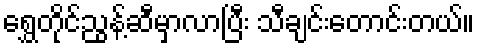
ရွှေတိုင်ညွန့်ဆီမှာလာပြီး သီချင်းတောင်းတယ်။